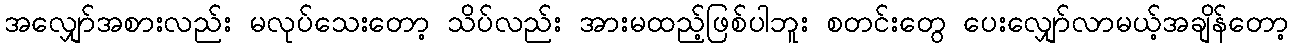
အလျှော်အစားလည်း မလုပ်သေးတော့ သိပ်လည်း အားမထည့်ဖြစ်ပါဘူး စတင်းတွေ ပေးလျှော်လာမယ့်အချိန်တော့